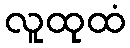
လူထုထံ